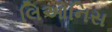
લિઓનિસ